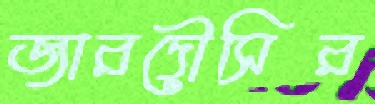
জারদৌসির